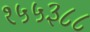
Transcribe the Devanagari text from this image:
१५५३८८